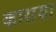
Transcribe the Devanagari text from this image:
कासया